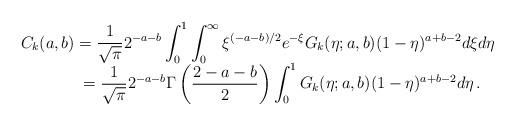
LaTeX: \begin{align*}\begin{array}{l}\displaystyle C_k(a,b)=\frac1{\sqrt\pi}2^{-a-b}\int_0^1\int_0^\infty\xi^{(-a-b)/2}e^{-\xi}G_k(\eta;a,b)(1-\eta)^{a+b-2}d\xi d\eta\\\qquad\hphantom{aaa}=\displaystyle\frac1{\sqrt\pi}2^{-a-b}\Gamma\left(\frac{2-a-b}2\right)\int_0^1G_k(\eta;a,b)(1-\eta)^{a+b-2}d\eta\,.\vphantom{\vrule heigh 13pt}\end{array}\end{align*}